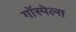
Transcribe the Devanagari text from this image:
गॉस्पेल्स